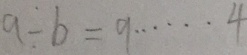
9 \div b = 9 \cdots 4